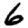
Digit: 6